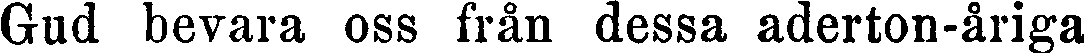
Gud bevara oss från dessa aderton-åriga